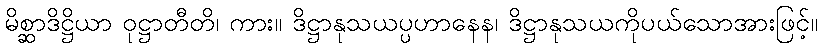
မိစ္ဆာဒိဋ္ဌိယာ ဝုဋ္ဌာတီတိ၊ ကား။ ဒိဋ္ဌာနုသယပ္ပဟာနေန၊ ဒိဋ္ဌာနုသယကိုပယ်သောအားဖြင့်။